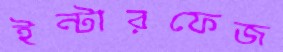
ইন্টারফেজ